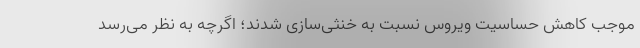
موجب کاهش حساسیت ویروس نسبت به خنثی‌سازی شدند؛ اگرچه به نظر می‌رسد